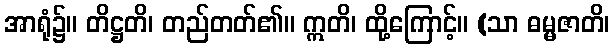
အာရုံ၌။ တိဋ္ဌတိ၊ တည်တတ်၏။ ဣတိ၊ ထို့ကြောင့်။ (သာ ဓမ္မဇာတိ၊